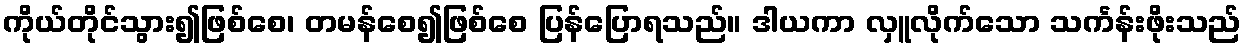
ကိုယ်တိုင်သွား၍ဖြစ်စေ၊ တမန်စေ၍ဖြစ်စေ ပြန်ပြောရသည်။ ဒါယကာ လှူလိုက်သော သင်္ကန်းဖိုးသည်